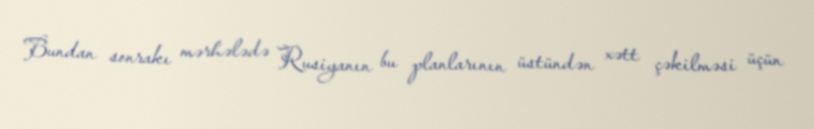
Bundan sonrakı mərhələdə Rusiyanın bu planlarının üstündən xətt çəkilməsi üçün